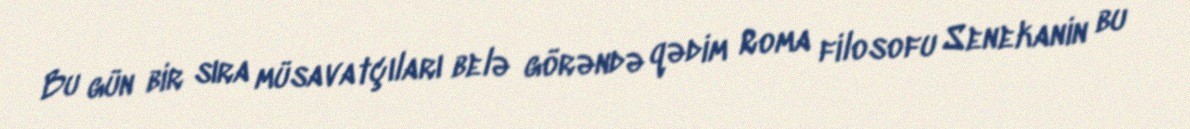
Bu gün bir sıra müsavatçıları belə görəndə qədim Roma filosofu Senekanin bu